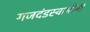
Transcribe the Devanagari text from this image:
गजदंडस्वामींनी